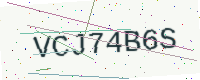
Text: VCJ74B6S